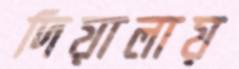
দিয়ালায়